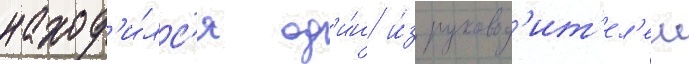
наход'и́лс'я од'и́н и́з руковод'ит'ел'еи